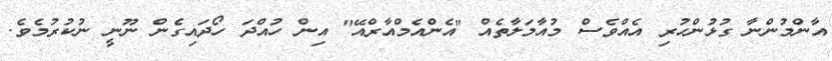
އާންމުންނާ ގުޅުންހުރި އެއްވެސް މުއާމަލާތެއް "އެންއެމްއާރްއޭ" އިން ހުއްދަ ހޯދައިގެން ނޫނީ ނުކުރުމެވެ.